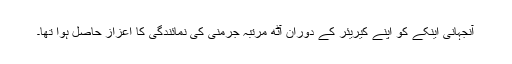
آنجہانی اینکے کو اپنے کیریئر کے دوران آٹھ مرتبہ جرمنی کی نمائندگی کا اعزاز حاصل ہوا تھا۔